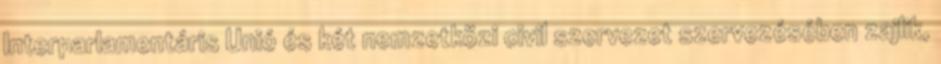
Interparlamentáris Unió és két nemzetközi civil szervezet szervezésében zajlik,